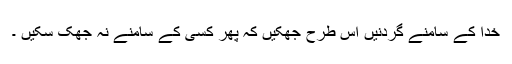
خدا کے سامنے گردنیں اس طرح جھکیں کہ پھر کسی کے سامنے نہ جھک سکیں ۔